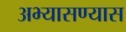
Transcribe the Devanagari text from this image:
अभ्यासण्यास